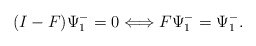
\begin{align*}(I-F)\Psi^-_1=0 \Longleftrightarrow F \Psi^-_1 =\Psi^-_1.\end{align*}